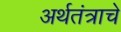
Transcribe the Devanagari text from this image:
अर्थतंत्राचे